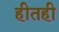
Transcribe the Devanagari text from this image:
हीतही